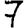
Digit: 7